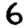
Digit: 6